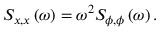
S _ { x , x } \left( \omega \right) = \omega ^ { 2 } S _ { \phi , \phi } \left( \omega \right) .